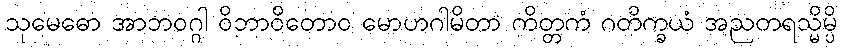
သုမေဓော အာဘဝဂ္ဂါ ဝိဘာဝိတောဝ မောဟဂါမိတာ ကိတ္တကံ ဂတိက္ခယံ အညတရသ္မိမ္ပိ